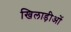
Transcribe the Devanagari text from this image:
खिलाड़ीओं